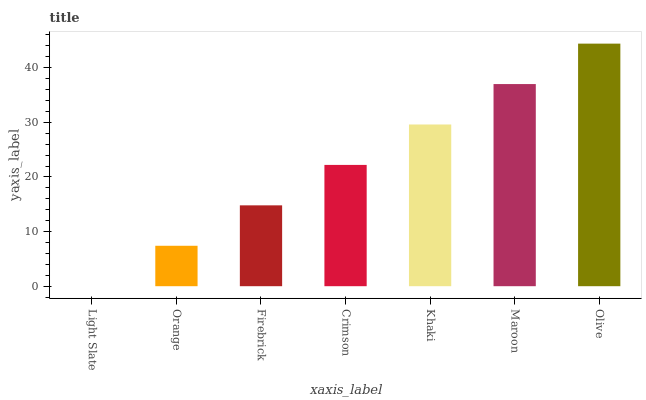
| xaxis_label | bars |
 | --- | --- |
 | Light Slate | 0 |
 | Orange | 7.4 |
 | Firebrick | 14.8 |
 | Crimson | 22.2 |
 | Khaki | 29.6 |
 | Maroon | 37 |
 | Olive | 44.4 |